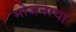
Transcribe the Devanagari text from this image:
भोजनाचा